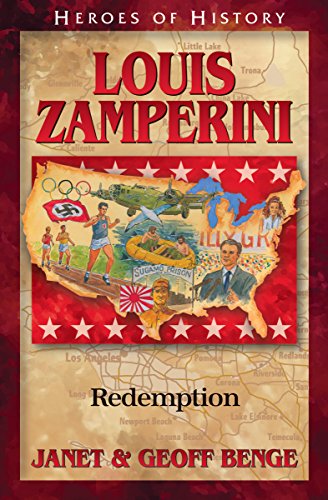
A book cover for Louis Zamperini: Redemption (Heroes of History); Janet Benge; Children's Books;